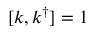
[ k , k ^ { \dag } ] = 1